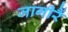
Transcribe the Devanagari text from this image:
जागीरैं